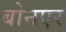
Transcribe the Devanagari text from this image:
बोनएर